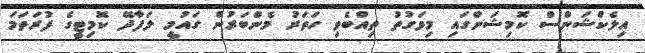
އިލެކްޝަންސް ކޮމިޝަންގައި މިވަގުތު ތިއްބެވި ހަތަރު މެންބަރުން ގައުމީ ލަފާދޭ ކޮމިޓީގެ ފުރަތަމަ